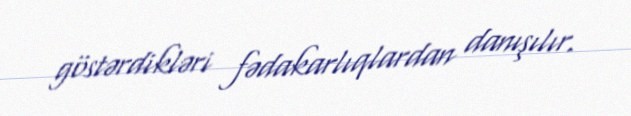
göstərdikləri fədakarlıqlardan danışılır.